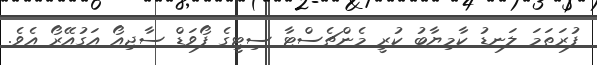
ފުރަތަމަ ލަނޑު ކާމިޔާބު ކުރީ މެންޗެސްޓާ ސިޓީގެ ފޯވަޑް ސާޖިއޯ އަގުއޭރޯ އެވެ.